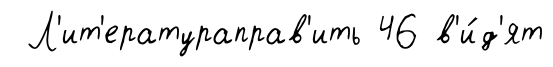
Л'ит'ератураправ'ить 46 в'и́д'ят